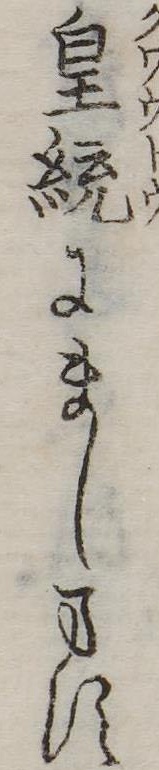
皇統にまします